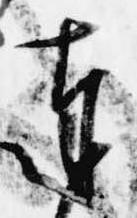
奉